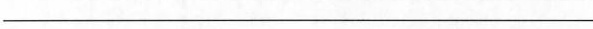
___